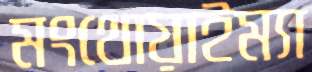
মংথোয়াইম্যা